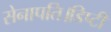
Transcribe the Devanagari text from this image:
सेनापति।डिप्टी